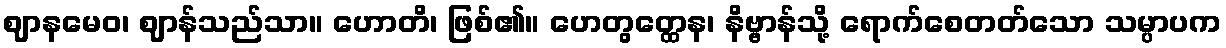
ဈာနမေဝ၊ ဈာန်သည်သာ။ ဟောတိ၊ ဖြစ်၏။ ဟေတွတ္ထေန၊ နိဗ္ဗာန်သို့ ရောက်စေတတ်သော သမ္ပာပက